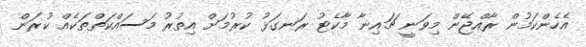
އެހެންކަމުން ރާއްޖޭން މިވަނީ ޗައިނާ މާކެޓު ރަނގަޅު ކުރުމަށް އިތުރު މަސައްކަތްތަކެއް ކުރަން